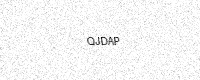
Text: QJDAP